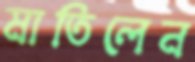
মাতিলেন